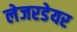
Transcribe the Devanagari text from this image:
लेजरडेयर